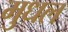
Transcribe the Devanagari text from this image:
मुधल